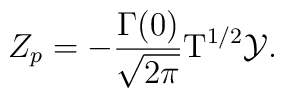
{Z_p}=-{{\Gamma(0)}\over{\sqrt{2\pi}}}{{\mbox{T}}^{1/2}}\mathcal{Y}.